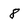
Character: 8